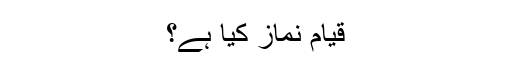
قیامِ نماز کیا ہے؟